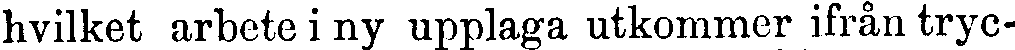
hvilket arbete i ny upplaga utkommer ifrån tryc-